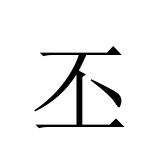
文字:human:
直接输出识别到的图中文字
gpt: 丕